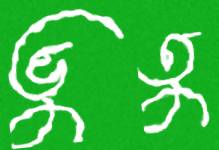
ভুতু